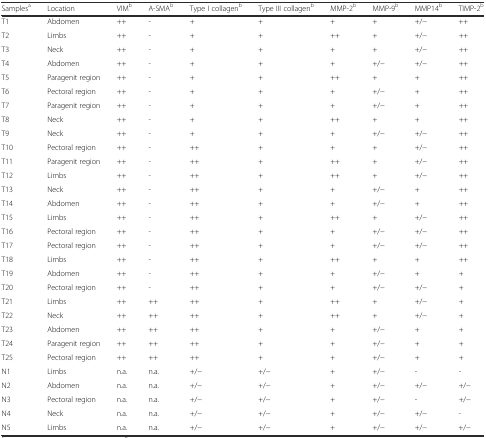
<table><thead><tr><td><b>Samples<sup>a</sup></b></td><td><b>Location</b></td><td><b>VIM<sup>b</sup></b></td><td><b>Α-SMA<sup>b</sup></b></td><td><b>Type I collagen<sup>b</sup></b></td><td><b>Type III collagen<sup>b</sup></b></td><td><b>MMP-2<sup>b</sup></b></td><td><b>MMP-9<sup>b</sup></b></td><td><b>MMP14<sup>b</sup></b></td><td><b>TIMP-2<sup>b</sup></b></td></tr></thead><tbody><tr><td>T1</td><td>Abdomen</td><td>++</td><td>-</td><td>+</td><td>+</td><td>+</td><td>+</td><td>+/−</td><td>++</td></tr><tr><td>T2</td><td>Limbs</td><td>++</td><td>-</td><td>+</td><td>+</td><td>++</td><td>+</td><td>+/−</td><td>++</td></tr><tr><td>T3</td><td>Neck</td><td>++</td><td>-</td><td>+</td><td>+</td><td>+</td><td>+</td><td>+/−</td><td>++</td></tr><tr><td>T4</td><td>Abdomen</td><td>++</td><td>-</td><td>+</td><td>+</td><td>+</td><td>+/−</td><td>+/−</td><td>++</td></tr><tr><td>T5</td><td>Paragenit region</td><td>++</td><td>-</td><td>+</td><td>+</td><td>++</td><td>+</td><td>+</td><td>++</td></tr><tr><td>T6</td><td>Pectoral region</td><td>++</td><td>-</td><td>+</td><td>+</td><td>+</td><td>+/−</td><td>+</td><td>++</td></tr><tr><td>T7</td><td>Paragenit region</td><td>++</td><td>-</td><td>+</td><td>+</td><td>+</td><td>+/−</td><td>+</td><td>++</td></tr><tr><td>T8</td><td>Neck</td><td>++</td><td>-</td><td>+</td><td>+</td><td>++</td><td>+</td><td>+</td><td>++</td></tr><tr><td>T9</td><td>Neck</td><td>++</td><td>-</td><td>+</td><td>+</td><td>+</td><td>+/−</td><td>+/−</td><td>++</td></tr><tr><td>T10</td><td>Pectoral region</td><td>++</td><td>-</td><td>++</td><td>+</td><td>+</td><td>+</td><td>+/−</td><td>++</td></tr><tr><td>T11</td><td>Paragenit region</td><td>++</td><td>-</td><td>++</td><td>+</td><td>++</td><td>+</td><td>+/−</td><td>++</td></tr><tr><td>T12</td><td>Limbs</td><td>++</td><td>-</td><td>++</td><td>+</td><td>++</td><td>+</td><td>+/−</td><td>++</td></tr><tr><td>T13</td><td>Neck</td><td>++</td><td>-</td><td>++</td><td>+</td><td>+</td><td>+/−</td><td>+</td><td>++</td></tr><tr><td>T14</td><td>Abdomen</td><td>++</td><td>-</td><td>++</td><td>+</td><td>+</td><td>+/−</td><td>+</td><td>++</td></tr><tr><td>T15</td><td>Limbs</td><td>++</td><td>-</td><td>++</td><td>+</td><td>++</td><td>+</td><td>+/−</td><td>++</td></tr><tr><td>T16</td><td>Pectoral region</td><td>++</td><td>-</td><td>++</td><td>+</td><td>+</td><td>+/−</td><td>+/−</td><td>++</td></tr><tr><td>T17</td><td>Pectoral region</td><td>++</td><td>-</td><td>++</td><td>+</td><td>+</td><td>+/−</td><td>+/−</td><td>++</td></tr><tr><td>T18</td><td>Limbs</td><td>++</td><td>-</td><td>++</td><td>+</td><td>++</td><td>+</td><td>+</td><td>++</td></tr><tr><td>T19</td><td>Abdomen</td><td>++</td><td>-</td><td>++</td><td>+</td><td>+</td><td>+/−</td><td>+</td><td>+</td></tr><tr><td>T20</td><td>Pectoral region</td><td>++</td><td>-</td><td>++</td><td>+</td><td>+</td><td>+/−</td><td>+/−</td><td>+</td></tr><tr><td>T21</td><td>Limbs</td><td>++</td><td>++</td><td>++</td><td>+</td><td>++</td><td>+</td><td>+/−</td><td>+</td></tr><tr><td>T22</td><td>Neck</td><td>++</td><td>++</td><td>++</td><td>+</td><td>++</td><td>+</td><td>+/−</td><td>+</td></tr><tr><td>T23</td><td>Abdomen</td><td>++</td><td>++</td><td>++</td><td>+</td><td>+</td><td>+/−</td><td>+</td><td>+</td></tr><tr><td>T24</td><td>Paragenit region</td><td>++</td><td>++</td><td>++</td><td>+</td><td>+</td><td>+/−</td><td>+</td><td>+</td></tr><tr><td>T25</td><td>Pectoral region</td><td>++</td><td>++</td><td>++</td><td>+</td><td>+</td><td>+/−</td><td>+</td><td>+</td></tr><tr><td>N1</td><td>Limbs</td><td>n.a.</td><td>n.a.</td><td>+/−</td><td>+/−</td><td>+</td><td>+/−</td><td>-</td><td>-</td></tr><tr><td>N2</td><td>Abdomen</td><td>n.a.</td><td>n.a.</td><td>+/−</td><td>+/−</td><td>+</td><td>+/−</td><td>+/−</td><td>+/−</td></tr><tr><td>N3</td><td>Pectoral region</td><td>n.a.</td><td>n.a.</td><td>+/−</td><td>+/−</td><td>+</td><td>+/−</td><td>-</td><td>+/−</td></tr><tr><td>N4</td><td>Neck</td><td>n.a.</td><td>n.a.</td><td>+/−</td><td>+/−</td><td>+</td><td>+/−</td><td>+/−</td><td>-</td></tr><tr><td>N5</td><td>Limbs</td><td>n.a.</td><td>n.a.</td><td>+/−</td><td>+/−</td><td>+</td><td>+/−</td><td>+/−</td><td>+/−</td></tr></tbody></table>